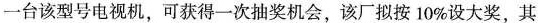
一台该型号电视机，可获得一次抽奖机会，该厂拟按10%设大奖，其